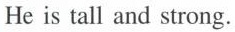
He is tall and strong.